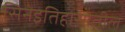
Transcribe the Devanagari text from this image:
सिनेइतिहासातील